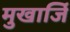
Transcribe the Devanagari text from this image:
मुखार्जि